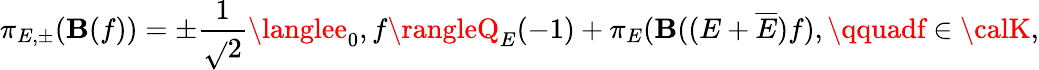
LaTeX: \pi_{E,\pm}(\mathbf{B}(f))=\pm\frac{{1}}{{\sqrt{}{{2}}}}\langlee_{0},f\rangleQ_{E}(-1)+\pi_{E}(\mathbf{B}((E+\overline{{{{E}}}})f),\qquadf\in{\calK},